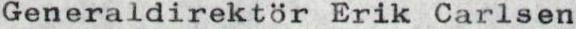
Generaldirektör Erik Carlsen